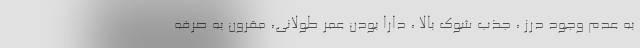
به عدم وجود درز ، جذب شوک بالا ، دارا بودن عمر طولانی، مقرون به صرفه